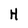
Character: H